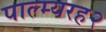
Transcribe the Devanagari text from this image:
पाल्म्यरह२